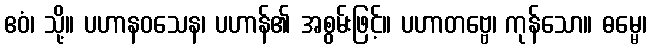
ဧဝံ၊ သို့။ ပဟာနဝသေန၊ ပဟာန်၏ အစွမ်းဖြင့်။ ပဟာတဗ္ဗေ၊ ကုန်သော။ ဓမ္မေ၊